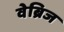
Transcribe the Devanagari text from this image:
वेब्रिज